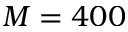
M = 4 0 0